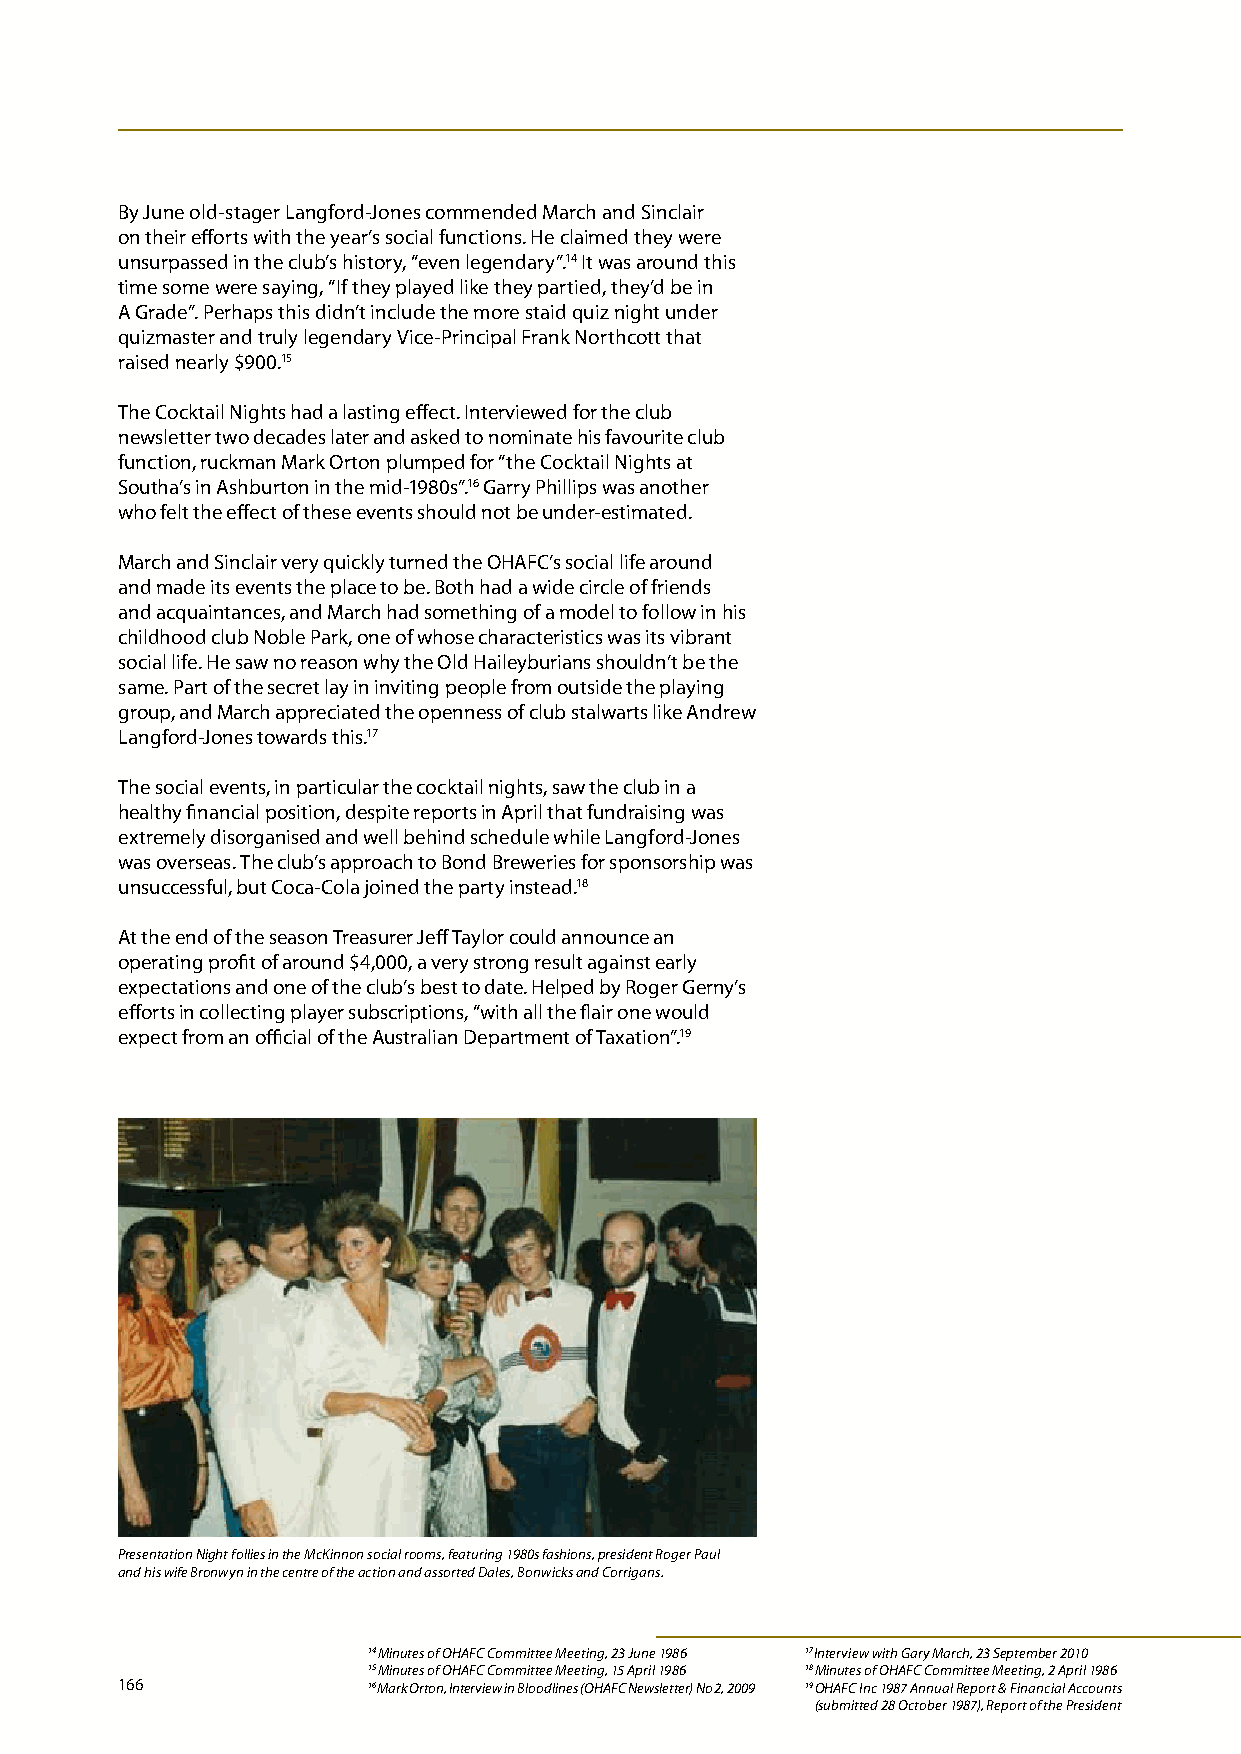
By June old-stager Langford-Jones commended March and Sinclair
 on their efforts with the year’s social functions. He claimed they were
 unsurpassed in the club’s history, “even legendary”.14 It was around this
 time some were saying, “If they played like they partied, they’d be in
 A Grade”. Perhaps this didn’t include the more staid quiz night under
 quizmaster and truly legendary Vice-Principal Frank Northcott that
 raised nearly $900.15
 The Cocktail Nights had a lasting effect. Interviewed for the club
 newsletter two decades later and asked to nominate his favourite club
 function, ruckman Mark Orton plumped for “the Cocktail Nights at
 Southa’s in Ashburton in the mid-1980s”.16 Garry Phillips was another
 who felt the effect of these events should not be under-estimated.
 March and Sinclair very quickly turned the OHAFC’s social life around
 and made its events the place to be. Both had a wide circle of friends
 and acquaintances, and March had something of a model to follow in his
 childhood club Noble Park, one of whose characteristics was its vibrant
 social life. He saw no reason why the Old Haileyburians shouldn’t be the
 same. Part of the secret lay in inviting people from outside the playing
 group, and March appreciated the openness of club stalwarts like Andrew
 Langford-Jones towards this.17
 The social events, in particular the cocktail nights, saw the club in a
 healthy financial position, despite reports in April that fundraising was
 extremely disorganised and well behind schedule while Langford-Jones
 was overseas. The club’s approach to Bond Breweries for sponsorship was
 unsuccessful, but Coca-Cola joined the party instead.18
 At the end of the season Treasurer Jeff Taylor could announce an
 operating profit of around $4,000, a very strong result against early
 expectations and one of the club’s best to date. Helped by Roger Gerny’s
 efforts in collecting player subscriptions, “with all the flair one would
 expect from an official of the Australian Department of Taxation”.19
 Presentation Night follies in the McKinnon social rooms, featuring 1980s fashions, president Roger Paul
 and his wife Bronwyn in the centre of the action and assorted Dales, Bonwicks and Corrigans.
 14 Minutes of OHAFC Committee Meeting, 23 June 1986 17 Interview with Gary March, 23 September 2010
 15 Minutes of OHAFC Committee Meeting, 15 April 1986 18 Minutes of OHAFC Committee Meeting, 2 April 1986
 166             16 Mark Orton, Interview in Bloodlines (OHAFC Newsletter) No 2, 2009 19 O HAFC Inc 1987 Annual Report & Financial Accounts
 (submitted 28 October 1987), Report of the President